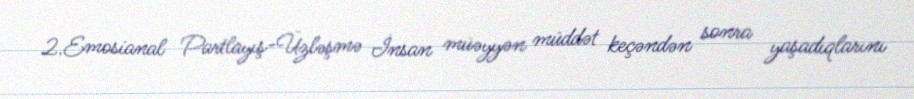
2.Emosianal Partlayış-Üzləşmə İnsan müəyyən müddət keçəndən sonra yaşadıqlarını